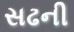
સઢની